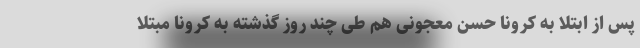
پس از ابتلا به کرونا حسن معجونی هم طی چند روز گذشته به کرونا مبتلا